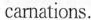
carnations.